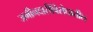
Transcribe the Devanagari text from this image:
जमीनदारीविरोधातील